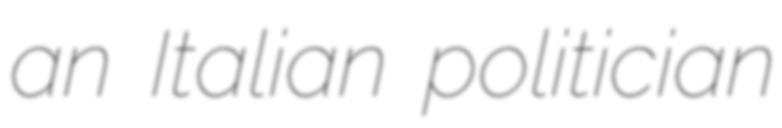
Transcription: an Italian politician